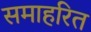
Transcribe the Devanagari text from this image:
समाहरित